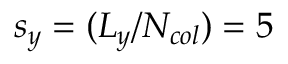
s _ { y } = ( L _ { y } / N _ { c o l } ) = 5